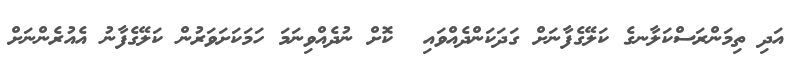
އަދި ތިމަންރަސްކަލާނގެ ކަލޭގެފާނަށް ގަދަކަންދެއްވައި  ކޮށް ނުދެއްވިނަމަ ހަމަކަށަވަރުން ކަލޭގެފާނު އެއުރެންނަށް